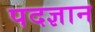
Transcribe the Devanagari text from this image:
पदज्ञान